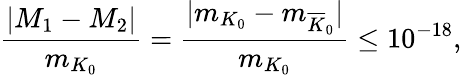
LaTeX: \frac{|M_{1}-M_{2}|}{m_{K_{0}}}=\frac{|m_{K_{0}}-m_{{\overline{{{K}}}}_{0}}|}{m_{K_{0}}}\leq 10^{-18},